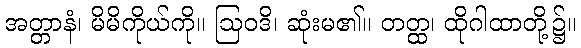
အတ္တာနံ၊ မိမိကိုယ်ကို။ ဩဝဒိ၊ ဆုံးမ၏။ တတ္ထ၊ ထိုဂါထာတို့၌။